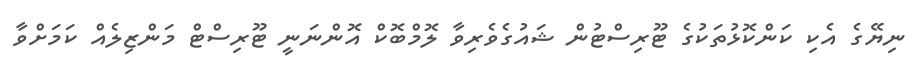
ނިޔޭގެ އެކި ކަންކޮޅުތަކުގެ ޓޫރިސްޓުން ޝައުގެވެރިވާ ލޮމްބޮކް އޮންނަނީ ޓޫރިސްޓް މަންޒިލެއް ކަމަށްވާ